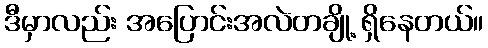
ဒီမှာလည်း အပြောင်းအလဲတချို့ ရှိနေတယ်။